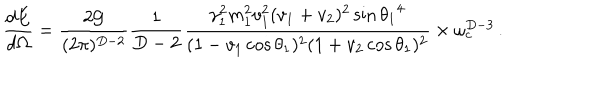
LaTeX: \frac { d E } { d \Omega } = \frac { 2 { \cal G } } { ( 2 \pi ) ^ { D - 2 } } \frac { 1 } { D - 2 } \frac { \gamma _ { 1 } ^ { 2 } m _ { 1 } ^ { 2 } v _ { 1 } ^ { 2 } ( v _ { 1 } + v _ { 2 } ) ^ { 2 } \sin { \theta _ { 1 } } ^ { 4 } } { ( 1 - v _ { 1 } \cos \theta _ { 1 } ) ^ { 2 } ( 1 + v _ { 2 } \cos \theta _ { 1 } ) ^ { 2 } } \times \omega _ { c } ^ { D - 3 } \, .